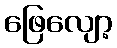
ဖြေလျော့